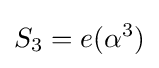
S_{3}=e(\alpha ^{3})